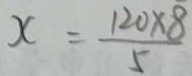
x = \frac { 1 2 0 \times 8 } { 5 }